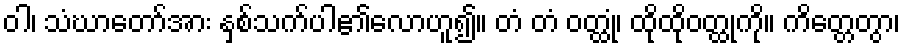
ဝါ၊ သံဃာတော်အား နှစ်သက်ပါ၏လောဟူ၍။ တံ တံ ဝတ္ထုံ၊ ထိုထိုဝတ္ထုကို။ ကိတ္တေတွာ၊